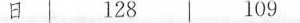
日 128 109